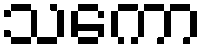
သကော